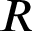
R